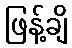
ဖြန့်ချိ